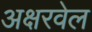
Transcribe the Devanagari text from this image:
अक्षरवेल